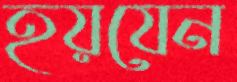
হয়যেন